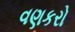
વણકરો